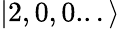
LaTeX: |2,0,0...\rangle